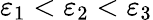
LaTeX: \varepsilon_{1}<\varepsilon_{2}<\varepsilon_{3}